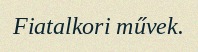
Fiatalkori művek.